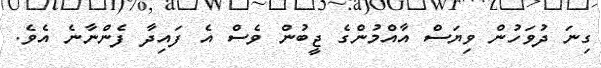
ގިނަ ދުވަހުން ވިޔަސް އާއްމުންގެ ޖީބުން ވެސް އެ ފައިދާ ފެންނާނެ އެވެ.